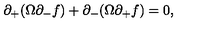
\partial _ { + } ( \Omega \partial _ { - } f ) + \partial _ { - } ( \Omega \partial _ { + } f ) = 0 ,